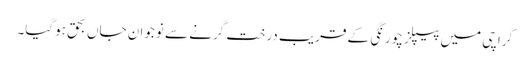
کراچی میں پیپلز چورنگی کے قریب درخت گرنے سے نوجوان جاں بحق ہوگیا۔